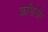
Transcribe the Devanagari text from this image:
कॉमोडोर